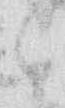
々